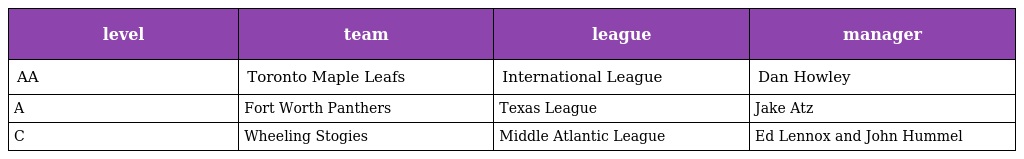
| level | team | league | manager |
 | --- | --- | --- | --- |
 | AA | Toronto Maple Leafs | International League | Dan Howley |
 | A | Fort Worth Panthers | Texas League | Jake Atz |
 | C | Wheeling Stogies | Middle Atlantic League | Ed Lennox and John Hummel |